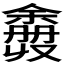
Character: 𫣮